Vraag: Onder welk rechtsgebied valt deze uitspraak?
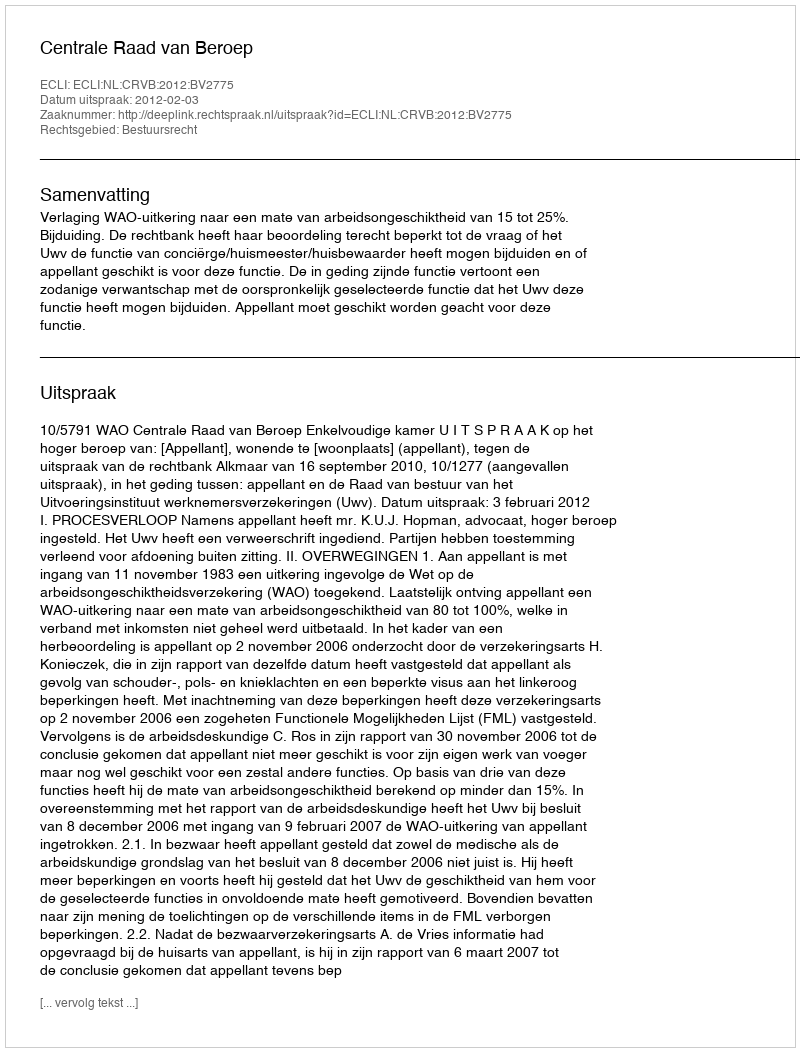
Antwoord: Bestuursrecht